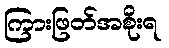
ကြားဖြတ်အစိုးရ